Leaving Certificate Examination, 1903
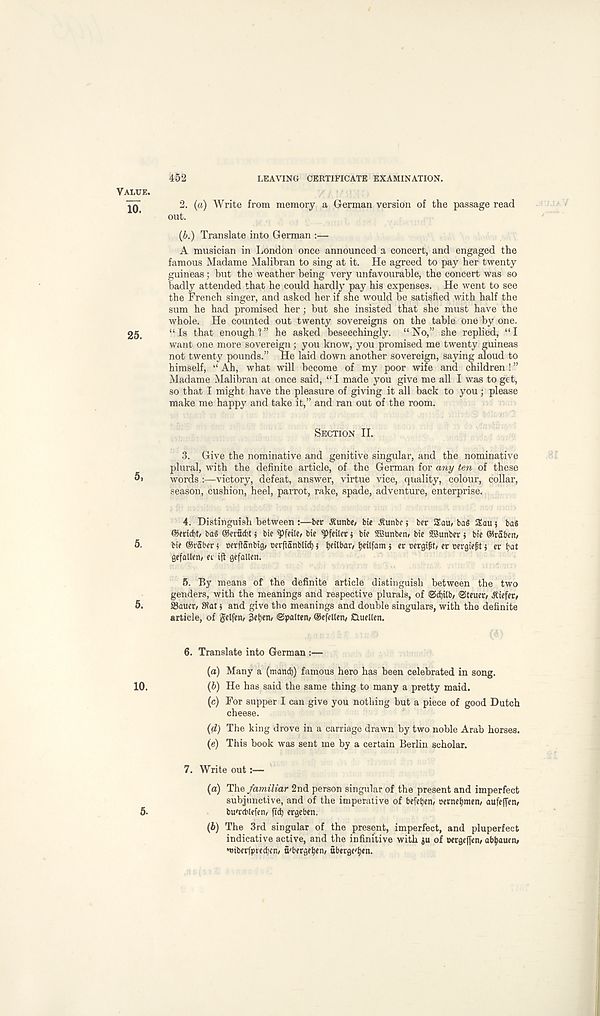
Value,
10.
25.
5,
5.
5.
10.
452
LEAVING CERTIFICATE EXAMINATION.
2. (a) Write from memory a German version of the passage read
out.
(b.) Translate into German :—
A musician in London once announced a concert, and engaged the
famous Madame Malibran to sing at it. He agreed to pay her twenty
guineas; but the weather being very unfavourable, the concert was so
badly attended that he could hardly pay his expenses. He went to see
the French singer, and asked her if she would be satisfied with half the
sum he had promised her; but she insisted that she must have the
whole. He counted out twenty sovereigns on the table one by one.
“ Is that enough 1 ” he asked beseechingly. “ No,” she replied, “ I
want one more sovereign; you know, you promised me twenty guineas
not twenty pounds.” He laid down another sovereign, saying aloud to
himself, “ Ah, what will become of my poor wife and children ! ”
Madame Malibran at once said, “I made you give me all I was to get,
so that I might have the pleasure of giving it all back to you; please
make me happy and take it,” and ran out of the room.
Section II.
3. Give the nominative and genitive singular, and the nominative
plural, with the definite article, of the German for any ten of these
words victory, defeat, answer, virtue vice, quality, colour, collar,
season, cushion, heel, parrot, rake, spade, adventure, enterprise.
4. Distinguish between :—ber .Runbe, bie Runbc s ber SEau, baS SEau 5 ba$
©md)t, baS ©erucbt 5 bte
bie ^feiler $ bie SBunbetn bie SBunber i bie ©raben,
bie ©raber s oeritanbig, oerfianblid) 5 tjeilbar/ tjeitfam j et oergifjt, er cergieft j er bat
gefallen/ ee ijt gefallen.
5. By means of the definite article distinguish between the two
genders, with the meanings and respective plurals, of @d)ilb/ Steuer, Riefer,
Sauer, SRat $ and give the meanings and double singulars, with the definite
article, of gelfen, 3etjen, ©patten, ©efetlen, Ctuellen.
6. Translate into German :—
(a) Many a (mand)) famous hero has been celebrated in song.
(b) He has said the same thing to many a pretty maid.
(c) For supper I can give you nothing but a piece of good Dutch
cheese.
(d) The king drove in a carriage drawn by two noble Arab horses.
(e) This book was sent me by a certain Berlin scholar.
7. Write out:—
(a) The familiar 2nd person singular of the present and imperfect
subjunctive, and of the imperative of befetyen, oernef)men, aufeffen,
bu' rcblefen, fid) ergeben.
(i) The 3rd singular of the present, imperfect, and pluperfect
indicative active, and the infinitive with ju of wigcffen, abijauen,
•mbcrfpredjcn, fi' bergrbfn, ubergc' b«n.